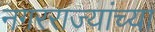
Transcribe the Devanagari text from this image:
नगरराज्यांच्या